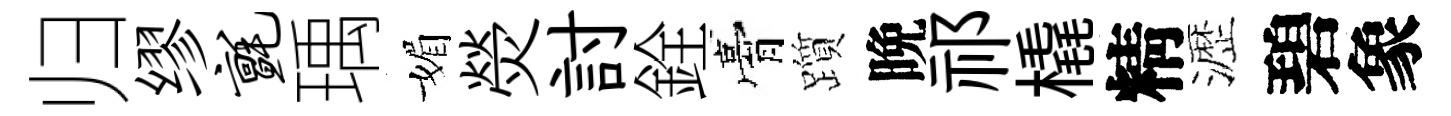
归缪毡瑀媚熒討銓膏躓晩祁橇精瀝碧象